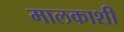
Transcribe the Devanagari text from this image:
मालकाशी